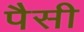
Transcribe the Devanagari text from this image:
पैसी